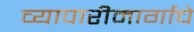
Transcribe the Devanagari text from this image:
व्यापारीमार्गाचे